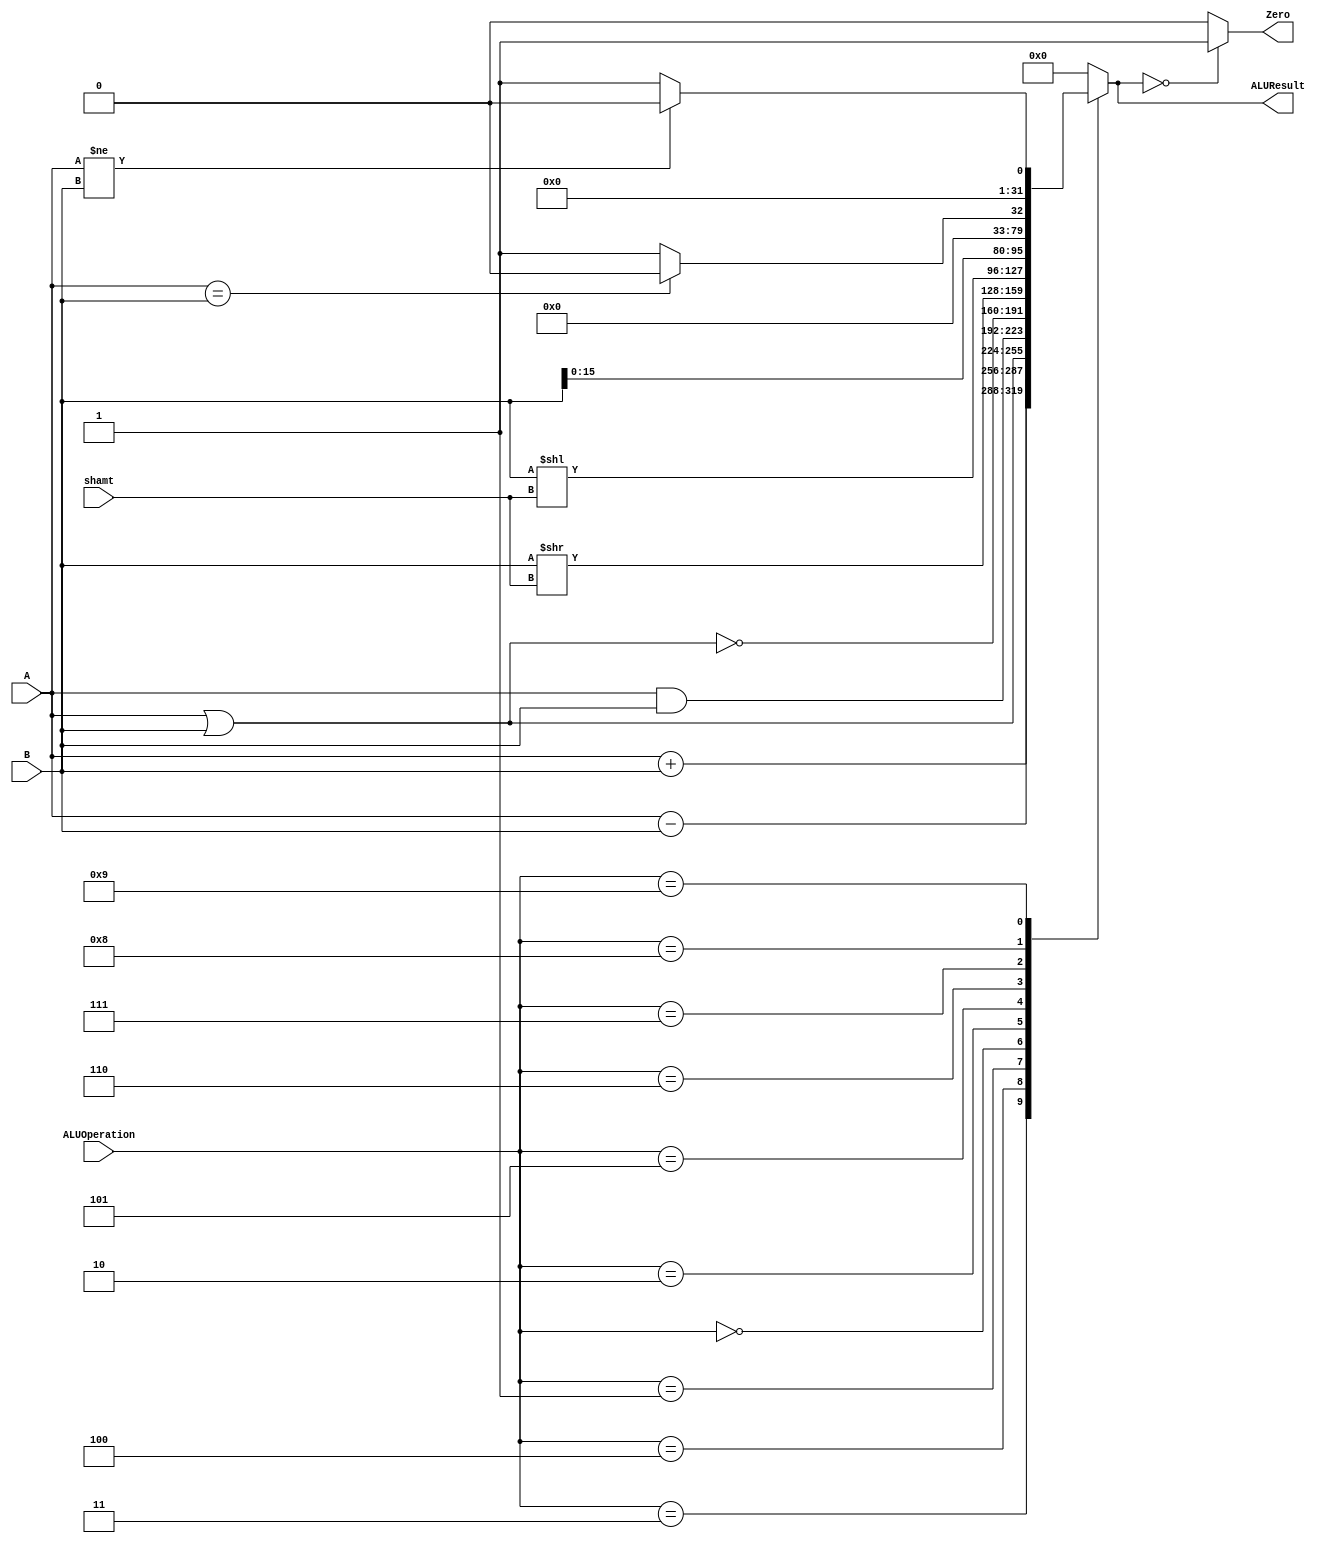
/******************************************************************
* Description
*	This is an 32-bit arithetic logic unit that can execute the next set of operations:
*		add
*		sub
*		or
*		and
*		nor
* This ALU is written by using behavioral description.
* Version:
*	1.0
* Author:
*	Dr. Jos Luis Pizano Escalante
* email:
*	luispizano@iteso.mx
* Date:
*	01/03/2014
******************************************************************/

module ALU 
(
	input [3:0] ALUOperation,
	input [31:0] A,
	input [31:0] B,
	input [4:0] shamt, //se agrego shamt como input a la ALU
	output reg Zero,
	output reg [31:0]ALUResult
);

//Se declaran las instrucciones que podra ejecutar la ALU que corresponden a la salida de ALUControl
localparam AND = 4'b0000;
localparam OR  = 4'b0001;
localparam NOR = 4'b0010;
localparam ADD = 4'b0011;
localparam SUB = 4'b0100;
localparam SRL = 4'b0101;
localparam SLL = 4'b0110;
localparam LUI = 4'b0111;
localparam BEQ = 4'b1000;
localparam BNE = 4'b1001;

   //se agrega la instruccion en el switch case
   always @ (A or B or ALUOperation or shamt)
     begin
		case (ALUOperation)
		  ADD: // add
			ALUResult=A + B;
		  SUB: // sub
			ALUResult=A - B;
		  OR: 
			ALUResult=A | B;
		  AND:
			ALUResult=A & B;
		  NOR:
			ALUResult= ~(A | B);
		  SRL:
			ALUResult= B >> shamt;
		  SLL:
			ALUResult= B << shamt;
		  LUI:
			ALUResult= B << 16;
		  BEQ:
			ALUResult= (A == B) ? 1'b0 : 1'b1;
		  BNE:
			ALUResult= (A != B) ? 1'b0 : 1'b1;
		default:
			ALUResult= 0;
		endcase // case(control)
		Zero = (ALUResult==0) ? 1'b1 : 1'b0;
     end // always @ (A or B or control)
endmodule // ALU